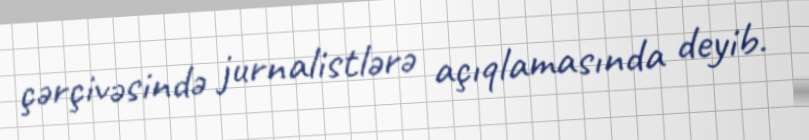
çərçivəsində jurnalistlərə açıqlamasında deyib.